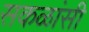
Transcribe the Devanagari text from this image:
सकळांसी